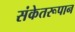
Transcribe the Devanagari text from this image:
संकेतरूपान